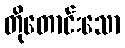
တိုတောင်းသော